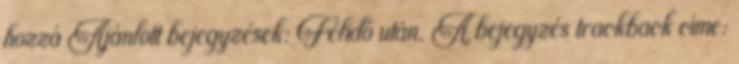
hozzá Ajánlott bejegyzések: Félidő után. A bejegyzés trackback címe: